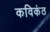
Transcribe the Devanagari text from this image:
कविकंठ